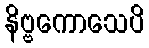
နိဗ္ဗကောသေပိ